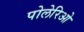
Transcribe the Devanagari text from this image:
पोलेरिओ